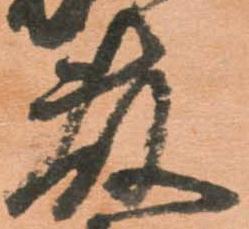
藤